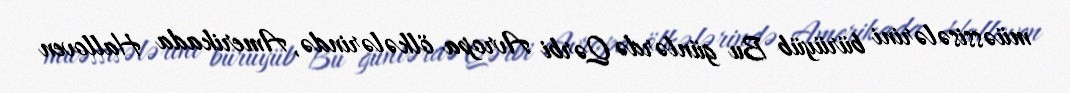
müəssisələrini bürüyüb Bu günlərdə Qərbi Avropa ölkələrində, Amerikada Halloven